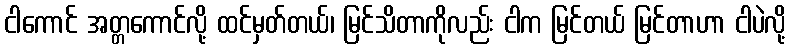
ငါကောင် အတ္တကောင်လို့ ထင်မှတ်တယ်၊ မြင်သိတာကိုလည်း ငါက မြင်တယ် မြင်တာဟာ ငါပဲလို့